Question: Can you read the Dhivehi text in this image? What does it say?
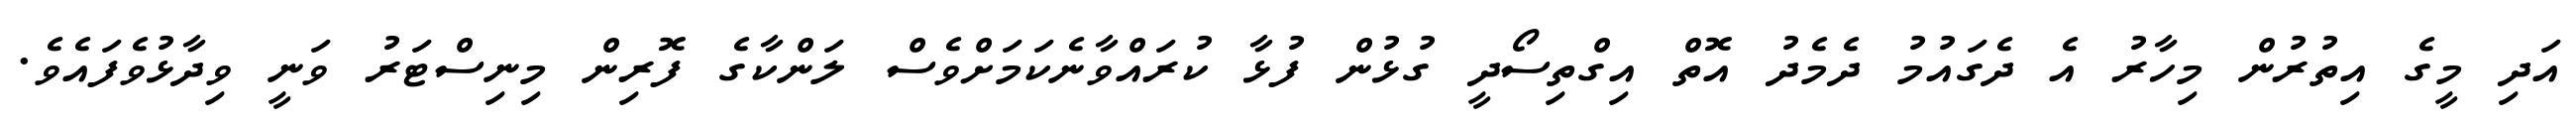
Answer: އަދި މީގެ އިތުރުން މިހާރު އެ ދެގައުމު ދެމެދު އޮތް އިގްތިސޯދީ ގުޅުން ފުޅާ ކުރައްވާނެކަމަށްވެސް ލަންކާގެ ފޮރިން މިނިސްޓަރު ވަނީ ވިދާޅުވެފައެވެ.